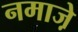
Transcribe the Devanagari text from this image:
नमाजे़